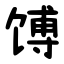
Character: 馎